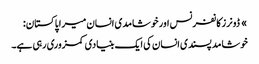
» ڈونرز کانفرنس اور خوشامدی انسان میرا پاکستان:
خوشامد پسندی انسان کی ایک بنیادی کمزوری رہی ہے۔